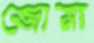
জোমা